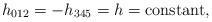
LaTeX: \begin{align*}h_{012}=-h_{345}=h={\rm constant}, \end{align*}